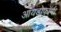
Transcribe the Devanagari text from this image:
आयडोफॉर्म।